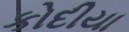
કોદીયા